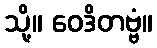
သို့။ ဝေဒိတဗ္ဗံ။